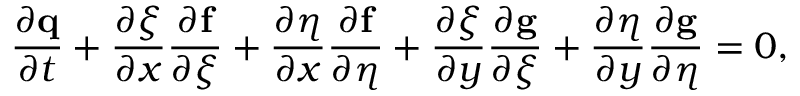
\frac { \partial \mathbf { q } } { \partial t } + \frac { \partial \xi } { \partial x } \frac { \partial \mathbf { f } } { \partial \xi } + \frac { \partial \eta } { \partial x } \frac { \partial \mathbf { f } } { \partial \eta } + \frac { \partial \xi } { \partial y } \frac { \partial \mathbf { g } } { \partial \xi } + \frac { \partial \eta } { \partial y } \frac { \partial \mathbf { g } } { \partial \eta } = 0 ,